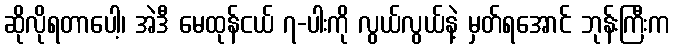
ဆိုလိုရတာပေါ့၊ အဲဒီ မေထုန်ငယ် ၇-ပါးကို လွယ်လွယ်နဲ့ မှတ်ရအောင် ဘုန်းကြီးက